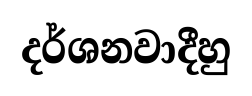
දර්ශනවාදීහු